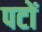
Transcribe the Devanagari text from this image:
पटों